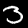
Digit: 3